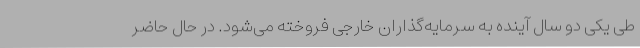
طی یکی دو سال آینده به سرمایه‌گذاران خارجی فروخته می‌شود. در حال حاضر